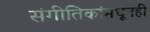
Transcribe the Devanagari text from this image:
संगीतिकांमधूनही